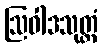
ဩဝါဒသုတ္တံ